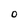
Character: O